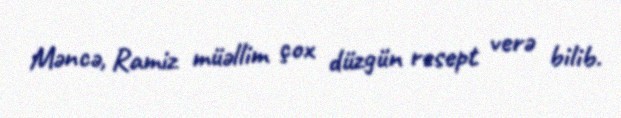
Məncə, Ramiz müəllim çox düzgün resept verə bilib.